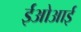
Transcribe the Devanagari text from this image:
ईओआई